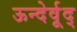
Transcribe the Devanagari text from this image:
ऊन्देर्वूद्